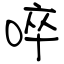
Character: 啐